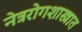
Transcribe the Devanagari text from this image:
नेत्ररोगशास्त्रात